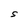
Character: S